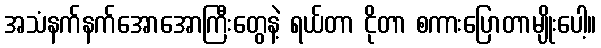
အသံနက်နက်အောအောကြီးတွေနဲ့ ရယ်တာ ငိုတာ စကားပြောတာမျိုးပေါ့။